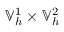
\mathbb { V } _ { h } ^ { 1 } \times \mathbb { V } _ { h } ^ { 2 }